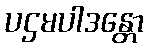
ပဌမပါဒန္တော